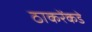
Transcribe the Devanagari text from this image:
ठाकरेंकडे